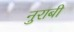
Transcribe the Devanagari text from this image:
नुराबी